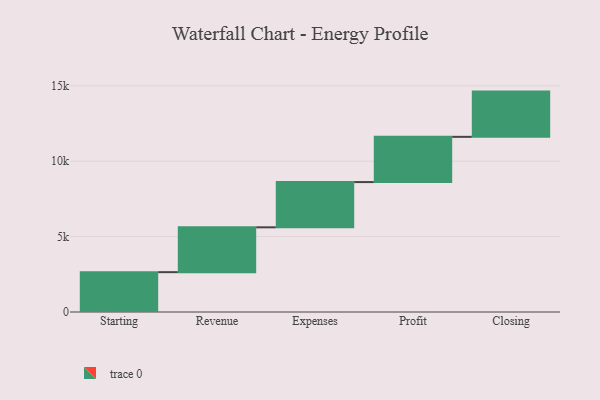
{"axis": {"x": "Step", "y": "Value"}, "legend": [""], "data": [{"x": "Starting", "y": 2642.0, "type": ""}, {"x": "Revenue", "y": 2973.0, "type": ""}, {"x": "Expenses", "y": 3000, "type": ""}, {"x": "Profit", "y": 3000, "type": ""}, {"x": "Closing", "y": 3000, "type": ""}]}